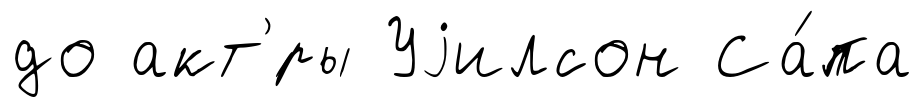
до акт'́ры Уjилсон Са́па